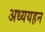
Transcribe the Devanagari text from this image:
अध्ययहन